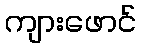
ကျားဖောင်